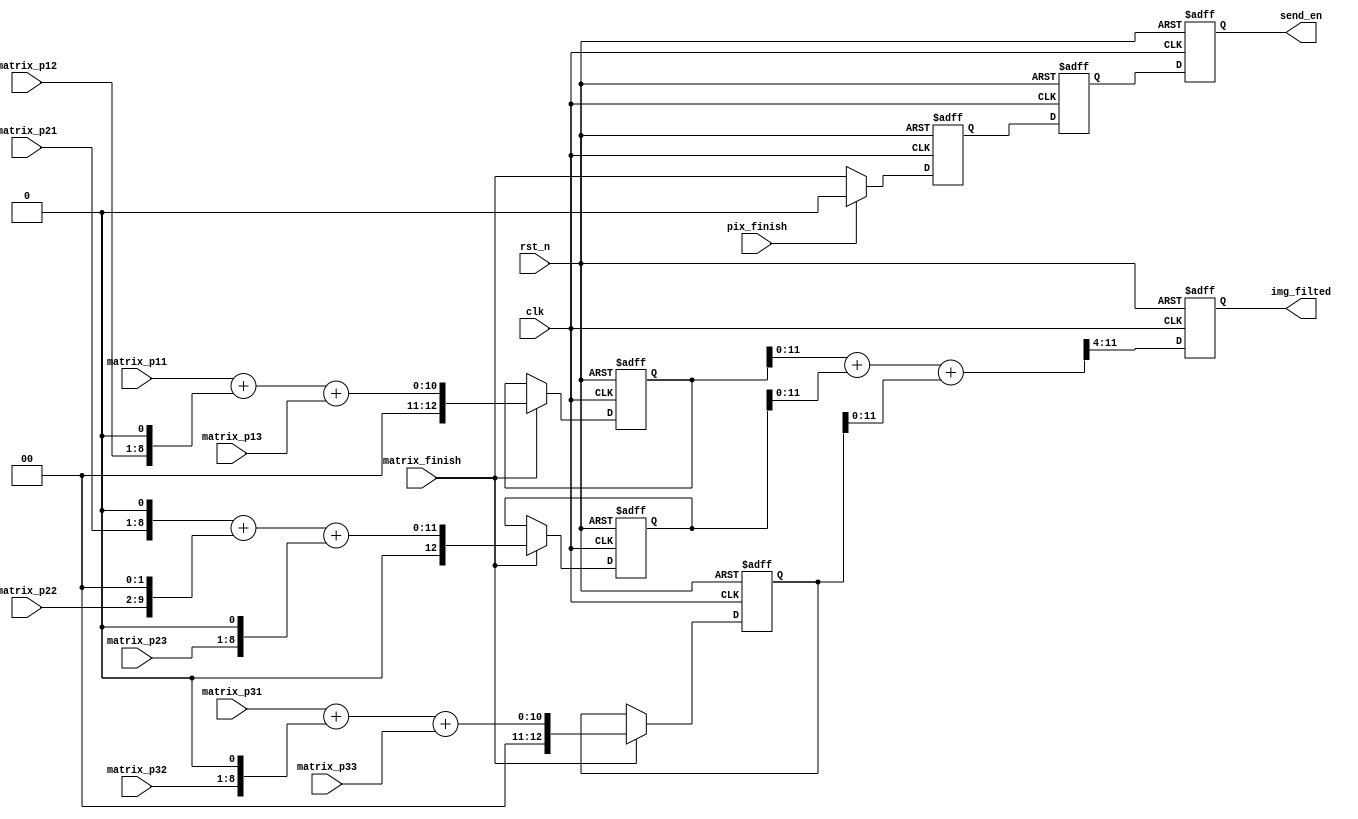
/*
 * @Descripttion: 
 * @Author: ISMY
 * @contact: mingyu_shu@tju.edu.cn
 * @version: 
 * @Date: 2024-03-26 10:44:55
 * @LastEditors: ISMY
 * @LastEditTime: 2024-03-26 14:48:07
 */

module gaussian_filter(
    input             clk          ,
    input             rst_n        , 
    input             matrix_finish,
    input             pix_finish   ,
    input      [7:0]  matrix_p11  ,
    input      [7:0]  matrix_p12  , 
    input      [7:0]  matrix_p13  ,
    input      [7:0]  matrix_p21  , 
    input      [7:0]  matrix_p22  , 
    input      [7:0]  matrix_p23  ,
    input      [7:0]  matrix_p31  , 
    input      [7:0]  matrix_p32  , 
    input      [7:0]  matrix_p33  ,
    output reg        send_en     ,   
    output reg [7:0]  img_filted     
    );
    
    // the temp image to store the result of each step
    reg [12:0] img_temp1;      
    reg [12:0] img_temp2;      
    reg [12:0] img_temp3;  
    // the taps of final send_en    
    reg        send_en1;
    reg        send_en2;
        
    // the kernel of guassian filter
    //                                   
    //        [   1  2   1  ]    [   P11  P12   P13 ]
    //  1/16  [   2  4   2  ]    [   P21  P22   P23 ]
    //        [   1  2   1  ]    [   P31  P32   P33 ]
    
    //Step1 : clk1
    always @(posedge clk or negedge rst_n)begin
        if(!rst_n) begin
            img_temp1   <= 12'b0000_0000_0000;
            img_temp2   <= 12'b0000_0000_0000;
            img_temp3   <= 12'b0000_0000_0000;     
        end
        else if (matrix_finish) begin
            img_temp1 <= matrix_p11 + (matrix_p12 << 1) + matrix_p13;
            img_temp2 <= (matrix_p21 << 1) + (matrix_p22 << 2) + (matrix_p23 << 1);
            img_temp3 <= matrix_p31 + (matrix_p32 << 1) + matrix_p33;
        end
        else begin
            img_temp1 <= img_temp1;
            img_temp2 <= img_temp2;
            img_temp3 <= img_temp3;
        end
    end

    //Step2: clk2
    always @(posedge clk or negedge rst_n)begin
        if(!rst_n) begin 
            img_filted  <= 8'b0000_0000;    
        end
        else begin
            img_filted <= (img_temp1 + img_temp2 + img_temp3) >> 4;
        end
    end

    always @(posedge clk or negedge rst_n)begin
        if(!rst_n) begin 
            send_en1  <= 1'b1;
            send_en2  <= 1'b0;
            send_en   <= 1'b0;
        end
        else if(pix_finish) begin
            send_en1 <= 1'b0    ;
            send_en2 <= send_en1;
            send_en  <= send_en2;
        end
        else begin
            send_en1 <= matrix_finish;
            send_en2 <= send_en1;
            send_en  <= send_en2;
        end
    end

endmodule